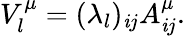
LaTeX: V_{l}^{\mu}=(\lambda_{l})_{\mathit{i}j}A_{\mathit{i}j}^{\mu}.